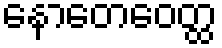
နောတေဝေတ္ထ